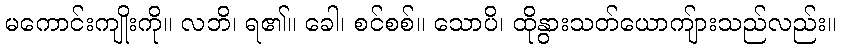
မကောင်းကျိုးကို။ လဘိ၊ ရ၏။ ခေါ၊ စင်စစ်။ သောပိ၊ ထိုနွားသတ်ယောကျ်ားသည်လည်း။